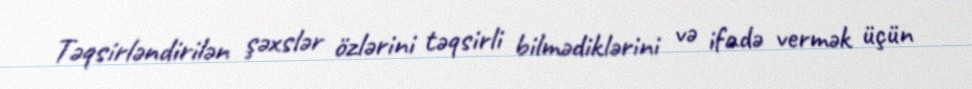
Təqsirləndirilən şəxslər özlərini təqsirli bilmədiklərini və ifadə vermək üçün